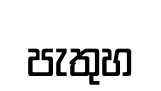
පැතුහ